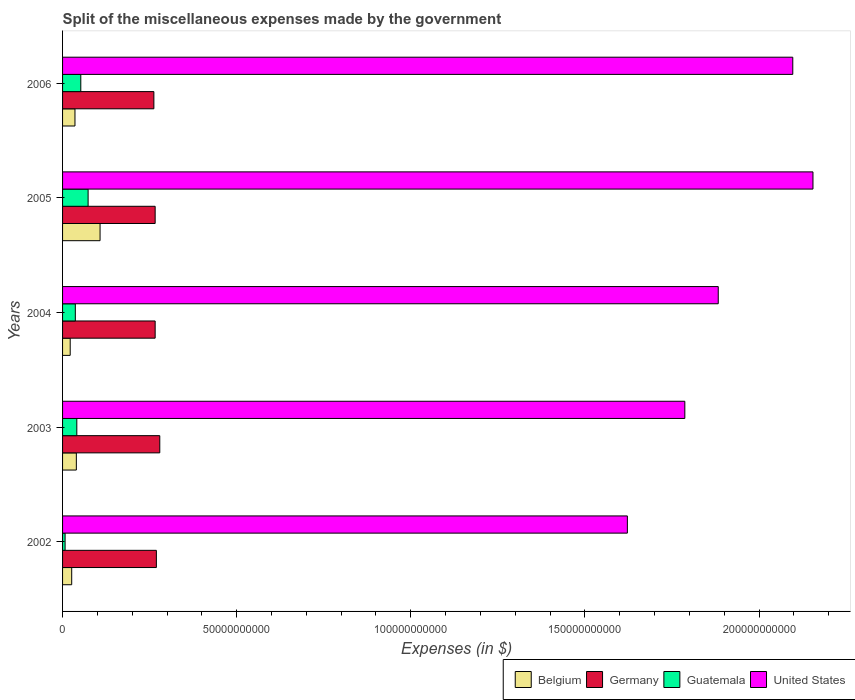
| Years | Belgium | Germany | Guatemala | United States |
 | --- | --- | --- | --- | --- |
 | 2002 | 2.62e+09 | 2.69e+10 | 7.27e+08 | 1.62e+11 |
 | 2003 | 3.96e+09 | 2.79e+10 | 4.09e+09 | 1.79e+11 |
 | 2004 | 2.19e+09 | 2.66e+10 | 3.67e+09 | 1.88e+11 |
 | 2005 | 1.08e+10 | 2.66e+10 | 7.34e+09 | 2.16e+11 |
 | 2006 | 3.56e+09 | 2.62e+10 | 5.24e+09 | 2.1e+11 |